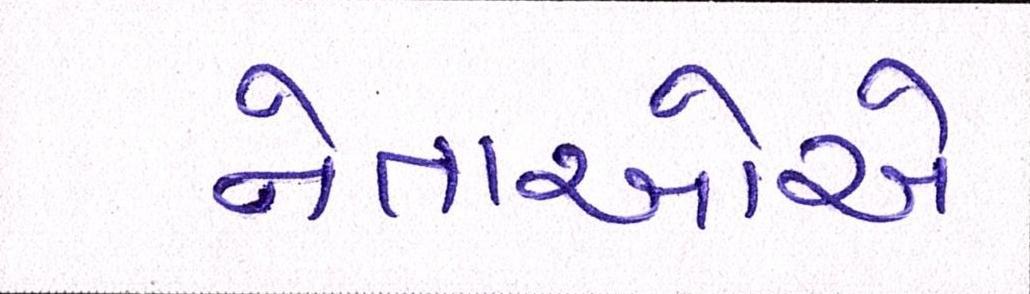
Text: નેતાઓએ